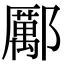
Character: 𨞺